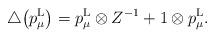
LaTeX: \begin{gather*}\bigtriangleup\big(p^{\rm L}_\mu\big)=p^{\rm L}_\mu\otimes Z^{-1}+1\otimes p^{\rm L}_\mu.\end{gather*}